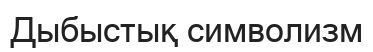
Дыбыстық символизм